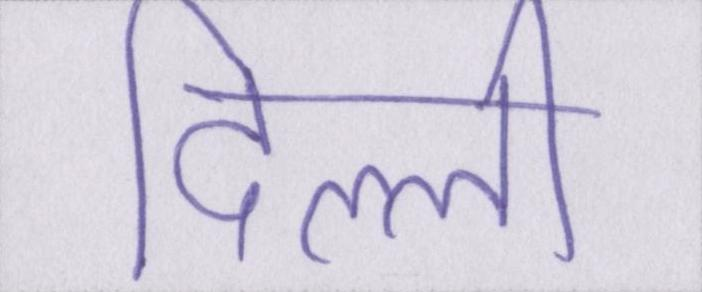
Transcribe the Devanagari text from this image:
दिल्ली